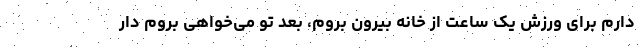
دارم برای ورزش یک ساعت از خانه بیرون بروم، بعد تو می‌خواهی بروم دار